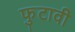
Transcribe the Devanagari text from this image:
फुटावी